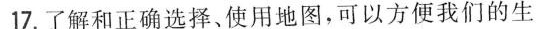
17.了解和正确选择、使用地图，可以方便我们的生